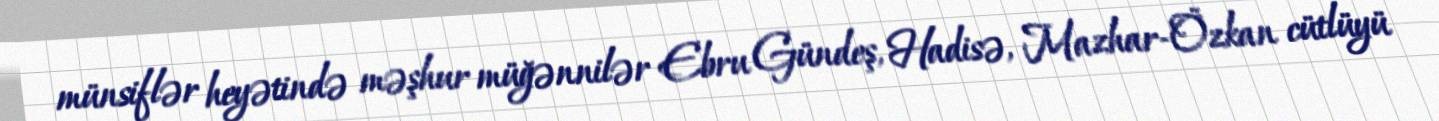
münsiflər heyətində məşhur müğənnilər Ebru Gündeş, Hadisə, Mazhar-Özkan cütlüyü